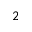
_ 2